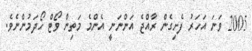
2005 ވަނަ އަހަރު ފެށިގެން ރާއްޖެ އަންނަނީ އެންމެ މަތިން ވޯޓް ހޯދަމުންނެވެ.